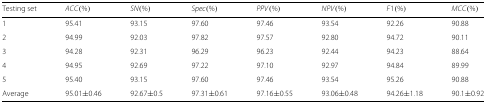
<table><thead><tr><td><b>Testing set</b></td><td><b><i>ACC</i>(%)</b></td><td><b><i>SN</i>(%)</b></td><td><b><i>Spec</i>(%)</b></td><td><b><i>PPV</i>(%)</b></td><td><b><i>NPV</i>(%)</b></td><td><b><i>F</i>1(%)</b></td><td><b><i>MCC</i>(%)</b></td></tr></thead><tbody><tr><td>1</td><td>95.41</td><td>93.15</td><td>97.60</td><td>97.46</td><td>93.54</td><td>92.26</td><td>90.88</td></tr><tr><td>2</td><td>94.99</td><td>92.03</td><td>97.82</td><td>97.57</td><td>92.80</td><td>94.72</td><td>90.11</td></tr><tr><td>3</td><td>94.28</td><td>92.31</td><td>96.29</td><td>96.23</td><td>92.44</td><td>94.23</td><td>88.64</td></tr><tr><td>4</td><td>94.95</td><td>92.69</td><td>97.22</td><td>97.10</td><td>92.97</td><td>94.84</td><td>89.99</td></tr><tr><td>5</td><td>95.40</td><td>93.15</td><td>97.60</td><td>97.46</td><td>93.54</td><td>95.26</td><td>90.88</td></tr><tr><td>Average</td><td>95.01 ±0.46</td><td>92.67 ±0.5</td><td>97.31 ±0.61</td><td>97.16 ±0.55</td><td>93.06 ±0.48</td><td>94.26 ±1.18</td><td>90.1 ±0.92</td></tr></tbody></table>